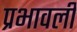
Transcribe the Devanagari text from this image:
प्रभावली